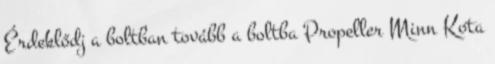
Érdeklődj a boltban tovább a boltba Propeller Minn Kota